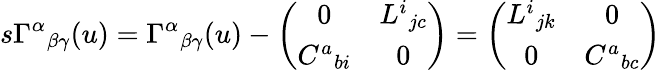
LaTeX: s\Gamma^{\alpha}{}_{\beta\gamma}(u)=\Gamma^{\alpha}{}_{\beta\gamma}(u)-\left(\begin{array}{cc}{{0}}&{{L^{i}{}_{jc}}}\\ {{C^{a}{}_{bi}}}&{{0}}\end{array}\right)=\left(\begin{array}{cc}{{L^{i}{}_{jk}}}&{{0}}\\ {{0}}&{{C^{a}{}_{bc}}}\end{array}\right)